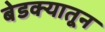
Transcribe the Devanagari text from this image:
बेडक्यातून